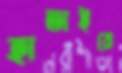
হাতাইয়ো